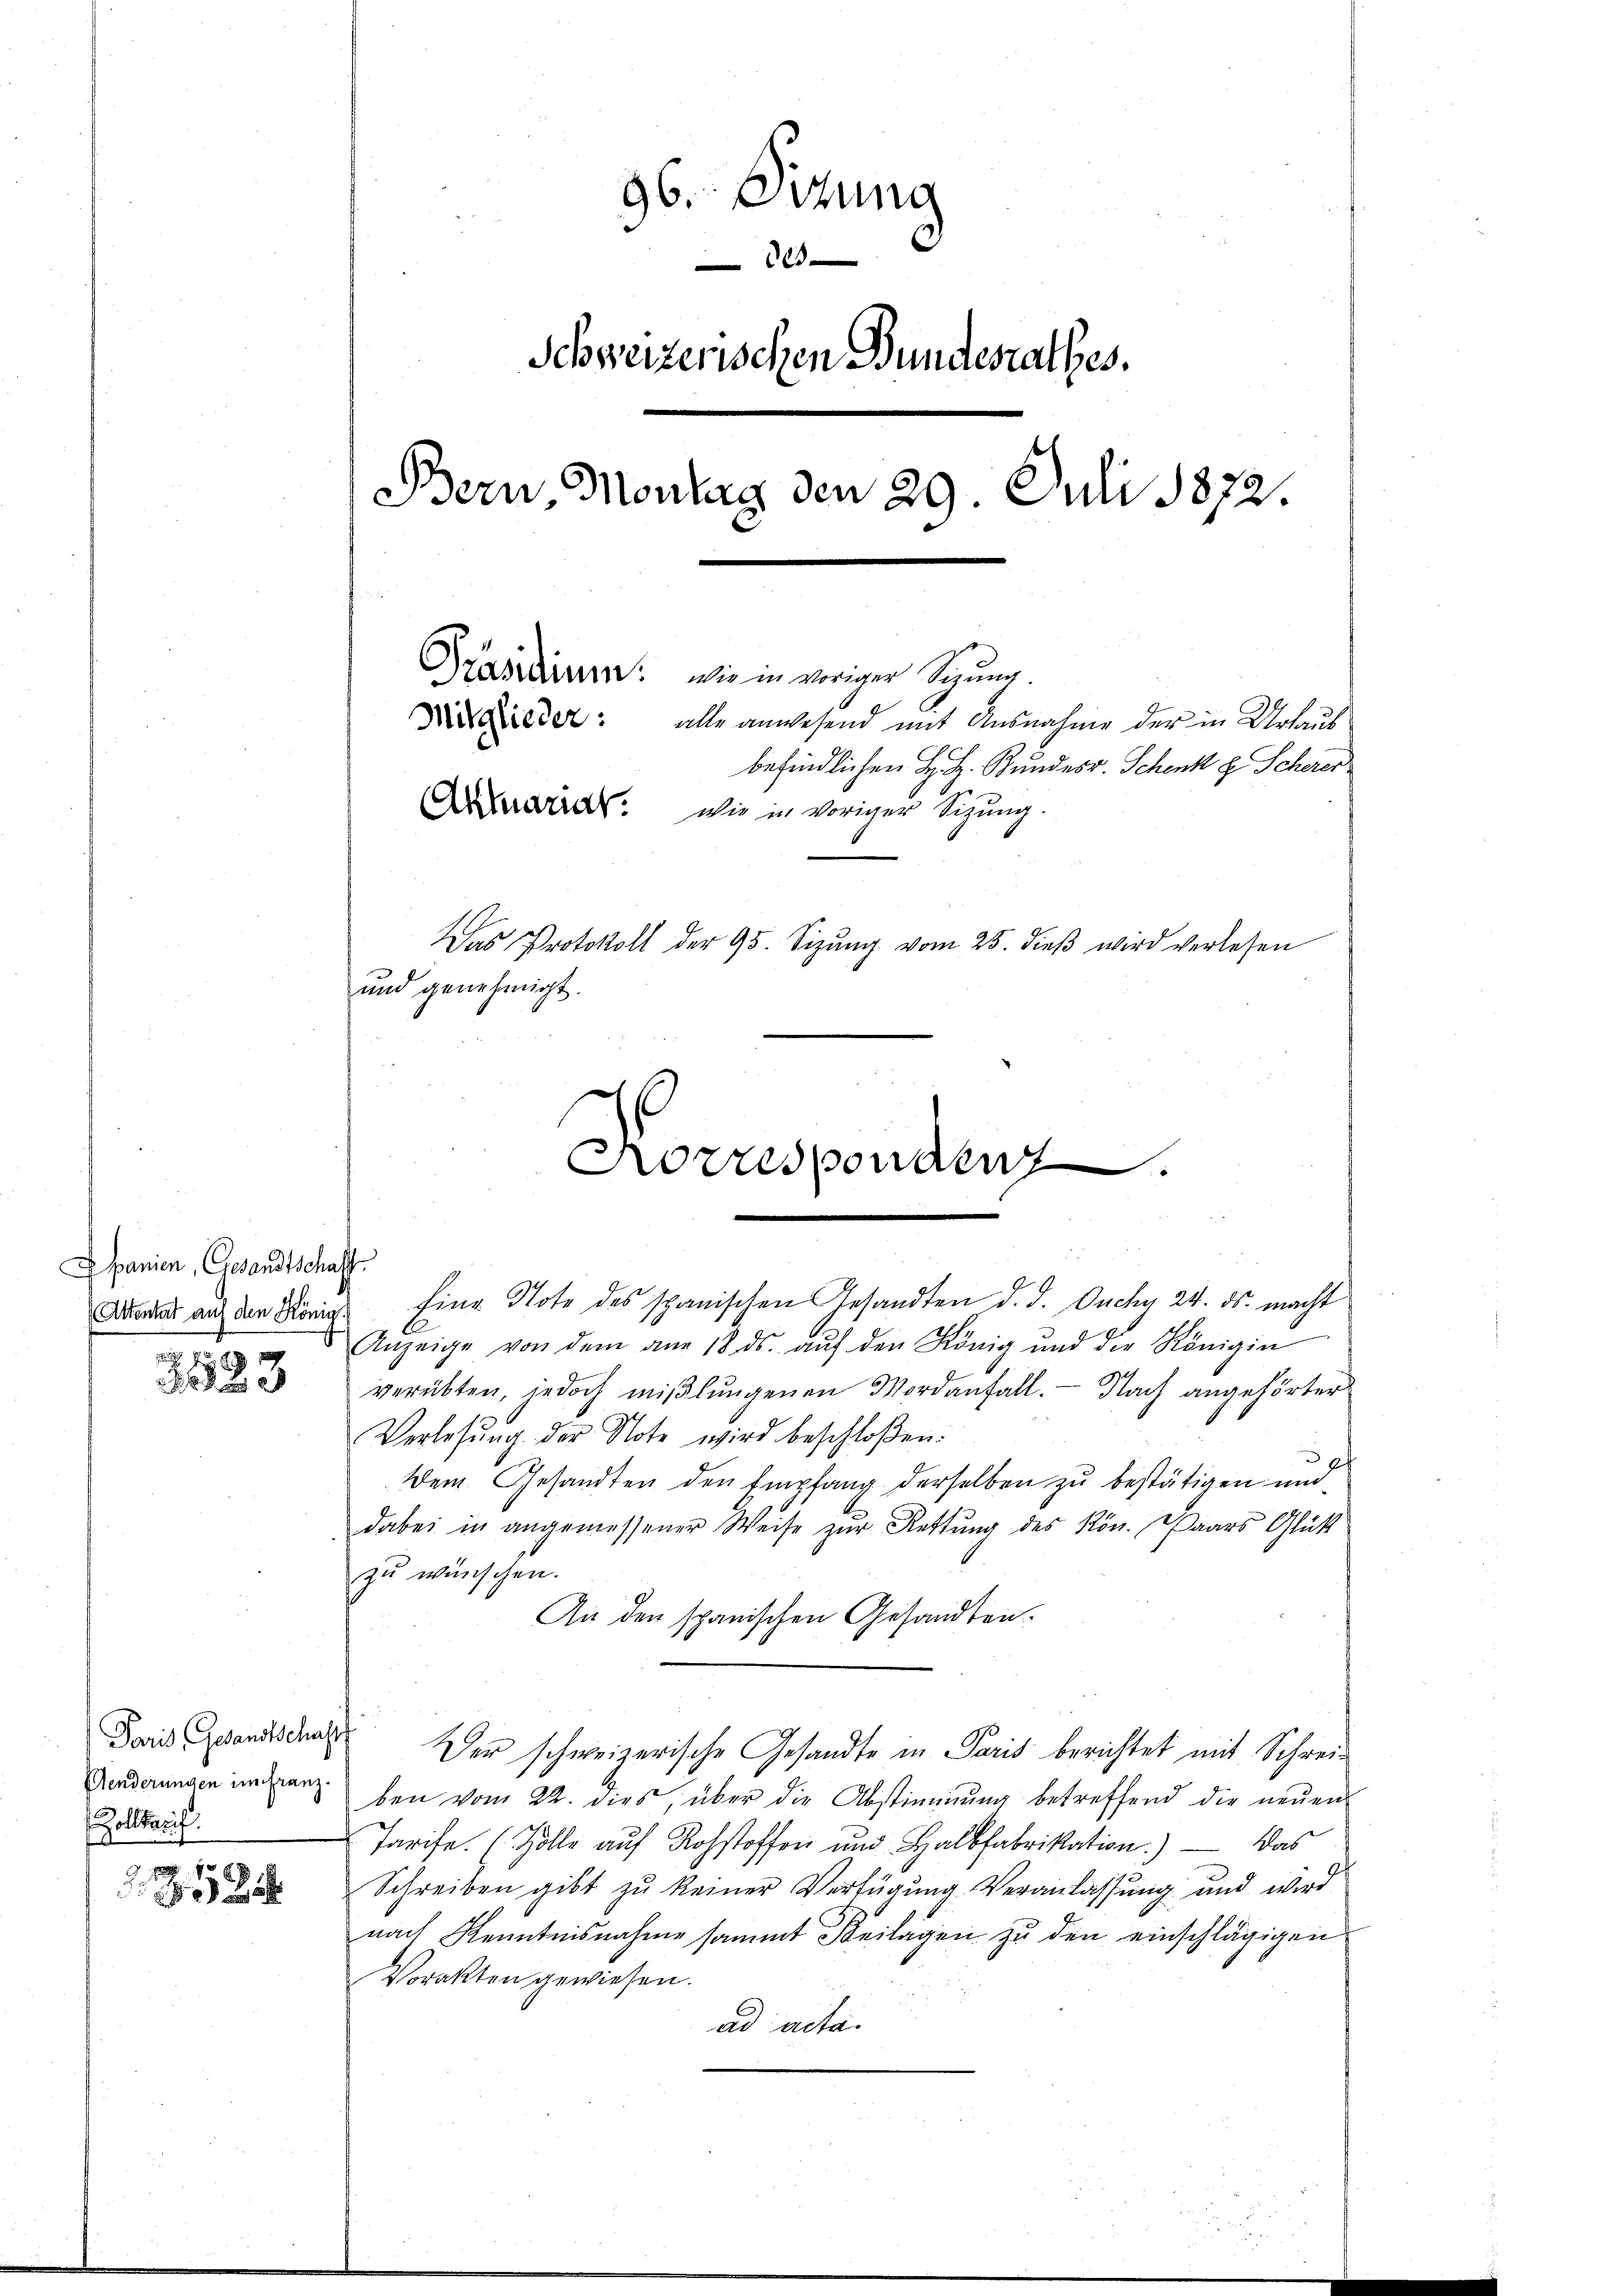
Apanien, Gesandtschaff
Attentat auf den König.

323

Paris Gesandtschaff
Zollberich.

1

96. Sitzung

Schweizerischen Bundesrathes.
Bern, Montag den 29. Juli 1872.
Präsidium: wie in voriger Sigung.
Nieder: alle anwesend mit Ausnahme der in Urlaus
befindlichen H. H. Bundes v. Schenk z. Scherer
Awird. wie in voriger Sizung.
Das Protokoll der 95. Sizŭng vom 25. dieβ wird verlesen
und genehmigt.

fing Note des spanischen Gesandten d. d. Ouchy 24. ds. macht
E
Anzeige von dem am 18. ds. aŭf den König und der Königin
verübten, jedoch miβlŭngenen Mordanfall. Nach angehörter
Verlesung der Note wird beschloßen:
ch
Dem Gesandten den Empfang derselben zu bestätigen und
dabei in angemessener Weise zur Rettung des Kön. Paars Glück
zu wünschen.
An den spanischen Gesandten.
Der schweizerische Gesandte in Paris berichtet mit Schrei¬
Grderungen in ganz bei vom 22. dies, über die Abstimmung betreffend die neŭen
Tarife (Zolle auf Rohstoffen und Halbfabrikation) — Das
Schreiben gibt zu keiner Verfügung Veranlassung und wird
nach Kenntnisnahme sammt Beilagen zu den einschlägigen
Vorakten gewiesen.
ad acta.

Korrespondenz